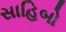
સાહિબો